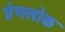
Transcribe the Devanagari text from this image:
प्रेमलोक